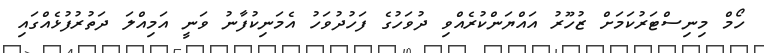
ހޯމް މިނިސްޓަރުކަމަށް ޒުހޫރު އައްޔަންކުރެއްވި ދުވަހުގެ ފަހުދުވަހު އެމަނިކުފާނު ވަނީ އަމިއްލަ ދަތުރުފުޅެއްގައި